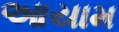
આયામ